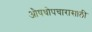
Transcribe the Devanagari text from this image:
औषधोपचारासाठी